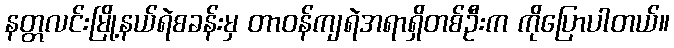
နတ္တလင်းမြို့နယ်ရဲစခန်းမှ တာဝန်ကျရဲအရာရှိတစ်ဦးက ကိုပြောပါတယ်။